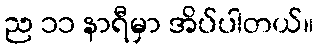
ည ၁၁ နာရီမှာ အိပ်ပါတယ်။